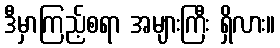
ဒီမှာကြည့်စရာ အများကြီး ရှိလား။